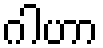
ဂါဟာ